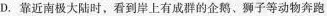
D. 靠近南极大陆时，看到岸上有成群的企鹅、狮子等动物奔跑